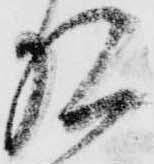
相